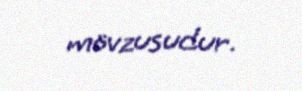
mövzusudur.